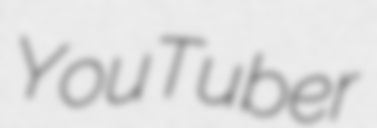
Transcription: YouTuber